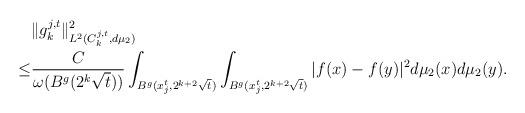
LaTeX: \begin{align*}& \|g_k^{j,t}\|^2_{L^2(C^{j,t}_k, d\mu_2) } \\\leq & \frac{C}{\omega(B^g(2^k\sqrt{t}))} \int_{B^g(x^t_j, 2^{k+2}\sqrt{t})} \int_{B^g(x^t_j, 2^{k+2}\sqrt{t})} |f(x)-f(y) |^2 d\mu_2(x)d\mu_2(y).\\\end{align*}